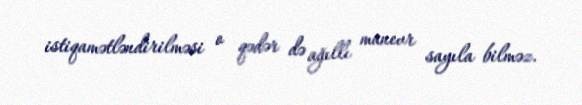
istiqamətləndirilməsi o qədər də ağıllı manevr sayıla bilməz.